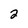
Character: 2